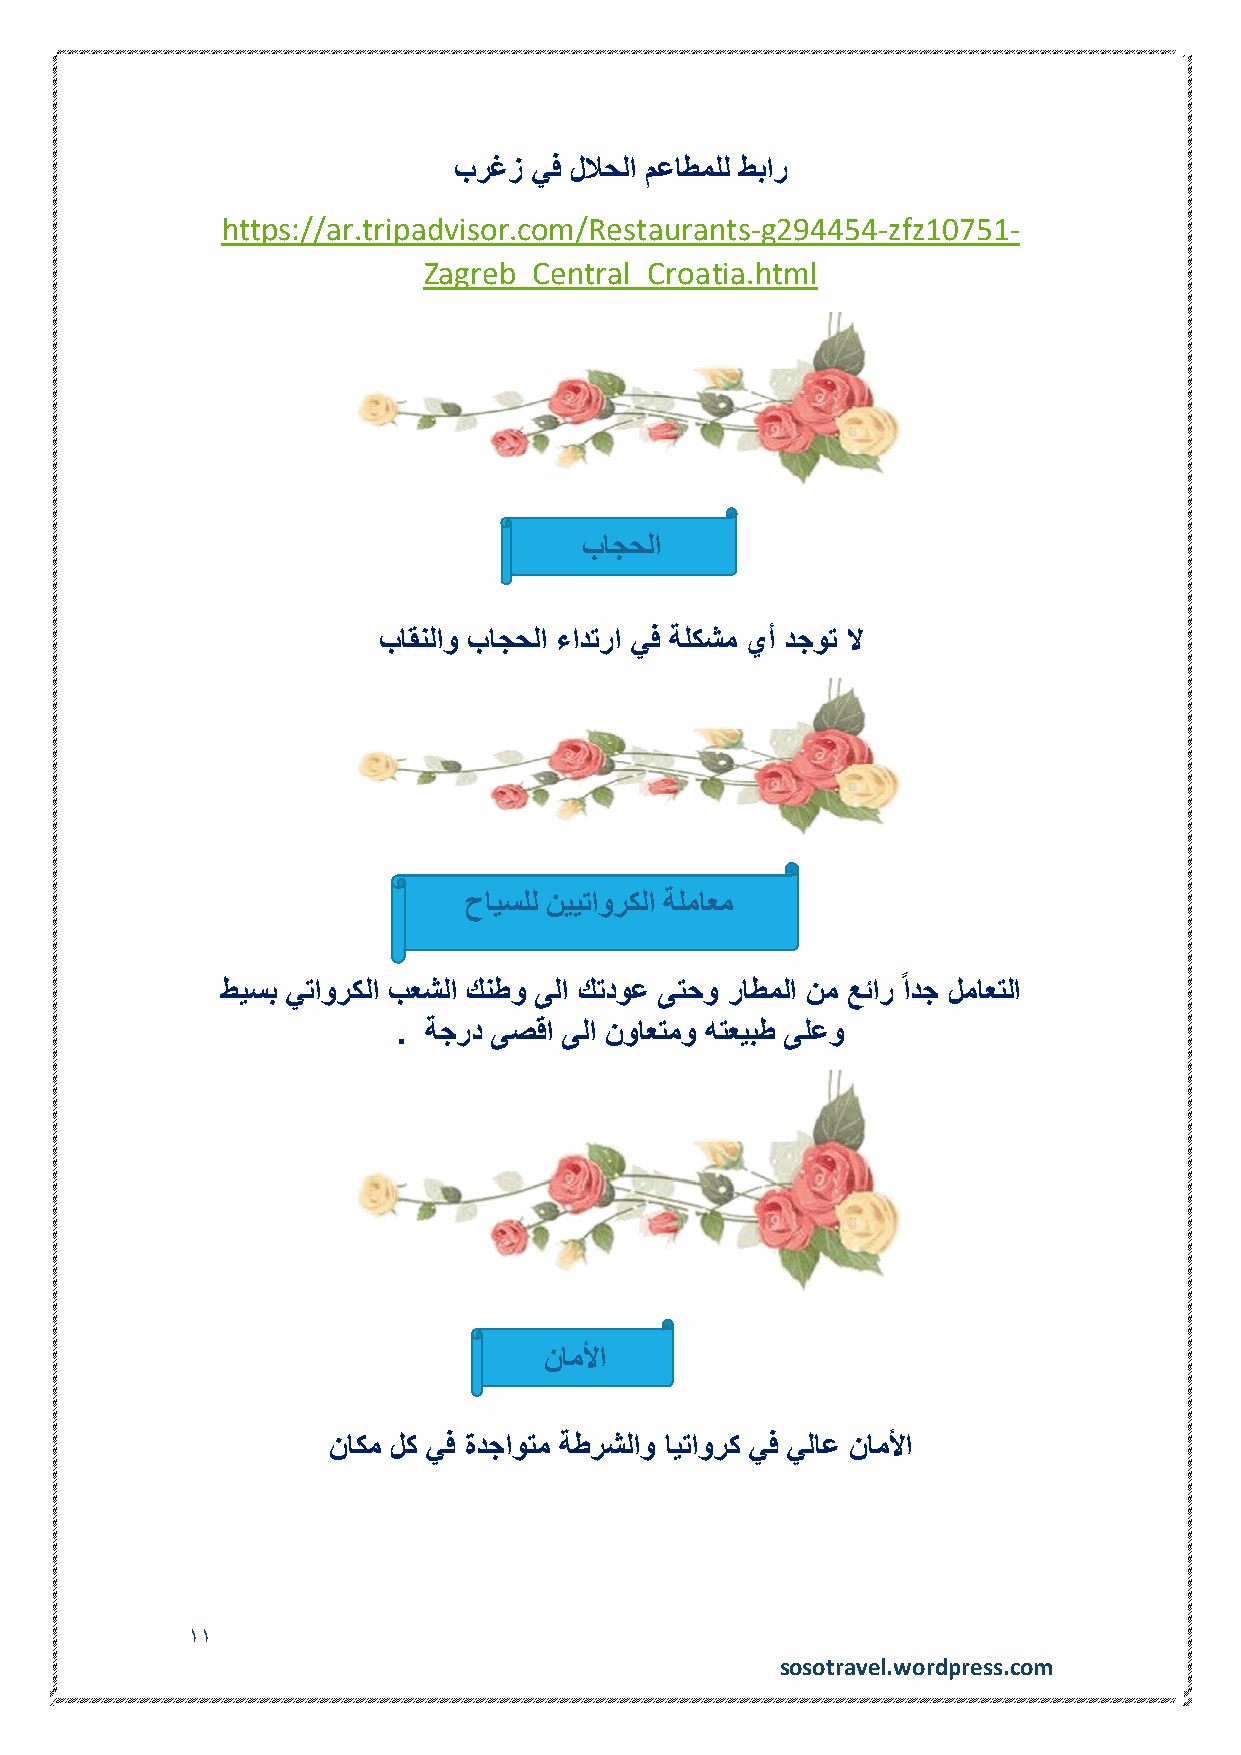
برغز يف للاحلا معاطملل طبار
 https://ar.tripadvisor.com/Restaurants-g294454-zfz10751-
 Zagreb_Central_Croatia.html
 باجحلا
 باقنلاو باجحلا ءادترا يف ةلكشم يأ دجوت لا
 حايسلل نييتاوركلا ةلماعم
 طيسب يتاوركلا بعشلا كنطو ىلا كتدوع ىتحو راطملا نم عئار ًادج لماعتلا
 . ةجرد ىصقا ىلا نواعتمو هتعيبط ىلعو
 ناملأا
 ناكم لك يف ةدجاوتم ةطرشلاو ايتاورك يف يلاع ناملأا
 11
 sosotravel.wordpress.com